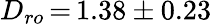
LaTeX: D_{ro}\, {=}\, 1.38\pm 0.23